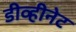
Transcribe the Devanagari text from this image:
डीव्हीनेट